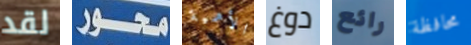
لقد محور الأهمية دوغ رائع محافظة